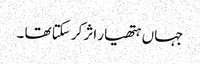
جہاں ہتھیار اثر کر سکتا تھا ۔